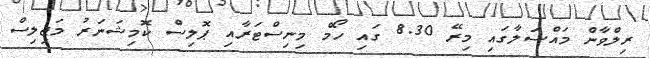
ރިލްވާން މައްސަލާގައި މިރޭ 8.30 ގައި ހޯމް މިނިސްޓަރާއި ޕޮލިސް ކޮމިޝަނަރު މަޖިލިސް